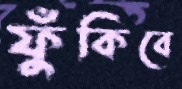
ফুঁকিবে